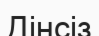
Дінсіз